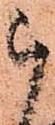
被